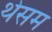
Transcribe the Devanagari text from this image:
थेसम